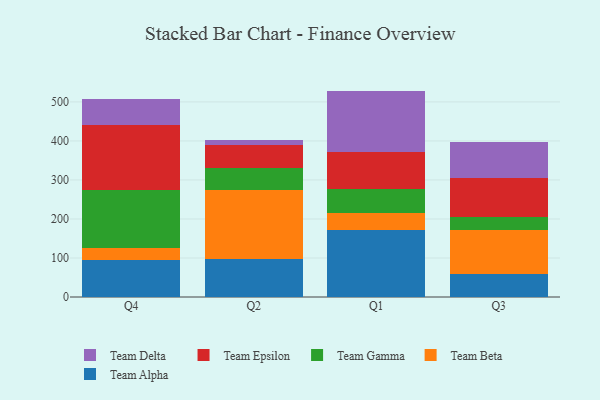
{"axis": {"x": "Quarter", "y": "Population (Million)"}, "legend": ["Team Alpha", "Team Beta", "Team Delta", "Team Epsilon", "Team Gamma"], "data": [{"x": "Q4", "y": 93.6, "type": "Team Alpha"}, {"x": "Q4", "y": 31.2, "type": "Team Beta"}, {"x": "Q4", "y": 149.6, "type": "Team Gamma"}, {"x": "Q4", "y": 167.3, "type": "Team Epsilon"}, {"x": "Q4", "y": 66.1, "type": "Team Delta"}, {"x": "Q2", "y": 97.0, "type": "Team Alpha"}, {"x": "Q2", "y": 178.4, "type": "Team Beta"}, {"x": "Q2", "y": 56.5, "type": "Team Gamma"}, {"x": "Q2", "y": 58.0, "type": "Team Epsilon"}, {"x": "Q2", "y": 12.4, "type": "Team Delta"}, {"x": "Q1", "y": 171.3, "type": "Team Alpha"}, {"x": "Q1", "y": 44.1, "type": "Team Beta"}, {"x": "Q1", "y": 62.7, "type": "Team Gamma"}, {"x": "Q1", "y": 93.3, "type": "Team Epsilon"}, {"x": "Q1", "y": 157.0, "type": "Team Delta"}, {"x": "Q3", "y": 58.2, "type": "Team Alpha"}, {"x": "Q3", "y": 113.0, "type": "Team Beta"}, {"x": "Q3", "y": 34.9, "type": "Team Gamma"}, {"x": "Q3", "y": 99.6, "type": "Team Epsilon"}, {"x": "Q3", "y": 92.5, "type": "Team Delta"}]}